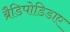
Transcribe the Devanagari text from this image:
ब्रैडिपोडिडाए